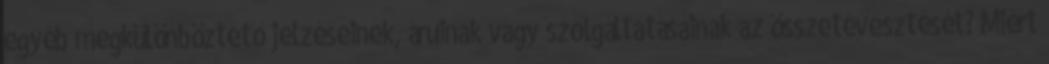
egyéb megkülönböztető jelzéseinek, áruinak vagy szolgáltatásainak az összetévesztését? Miért